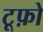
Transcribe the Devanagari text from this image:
टूफ़ो